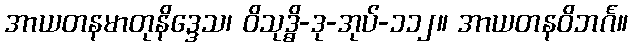
အာယတနမာတုနိဒ္ဒေသ၊ ဝိသုဒ္ဓိ-ဒု-အုပ်-၁၁၂။ အာယတနဝိဘင်္ဂ။